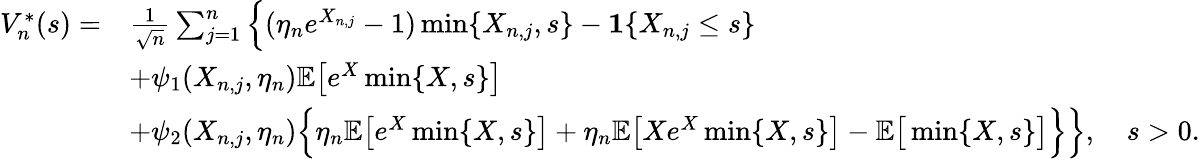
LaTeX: \begin{array}{rl}{V_{n}^{*}(s)=}&{\frac{1}{\sqrt{n}}\sum_{j=1}^{n}\Big\{ (\eta_{n}e^{X_{n,j}}-1)\operatorname*{min}\{ X_{n,j},s\} -\mathbf{1}\{ X_{n,j}\leq s\} }\\ &{+\psi_{1}(X_{n,j},\eta_{n})\mathbb{E}\big[e^{X}\operatorname*{min}\{ X,s\} \big]}\\ &{+\psi_{2}(X_{n,j},\eta_{n})\Big\{ \eta_{n}\mathbb{E}\big[e^{X}\operatorname*{min}\{ X,s\} \big]+\eta_{n}\mathbb{E}\big[Xe^{X}\operatorname*{min}\{ X,s\} \big]-\mathbb{E}\big[\operatorname*{min}\{ X,s\} \big]\Big\} \Big\} ,\quad s>0.}\end{array}